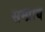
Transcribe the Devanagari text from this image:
सम्प्राय